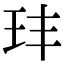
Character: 玤